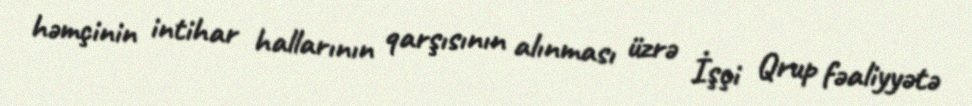
həmçinin intihar hallarının qarşısının alınması üzrə İşçi Qrup fəaliyyətə